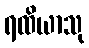
ရထိယာသု